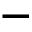
-